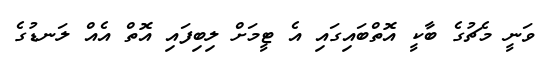
ވަނީ މެޗުގެ ބާކީ އޮތްބައިގައި އެ ޓީމަށް ލިބިފައި އޮތް އެއް ލަނޑުގެ